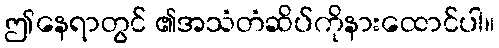
ဤနေရာတွင် ၏အသံတံဆိပ်ကိုနားထောင်ပါ။